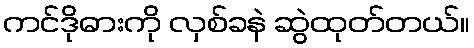
ကင်ဒိုဓားကို လှစ်ခနဲ ဆွဲထုတ်တယ်။